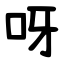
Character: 呀